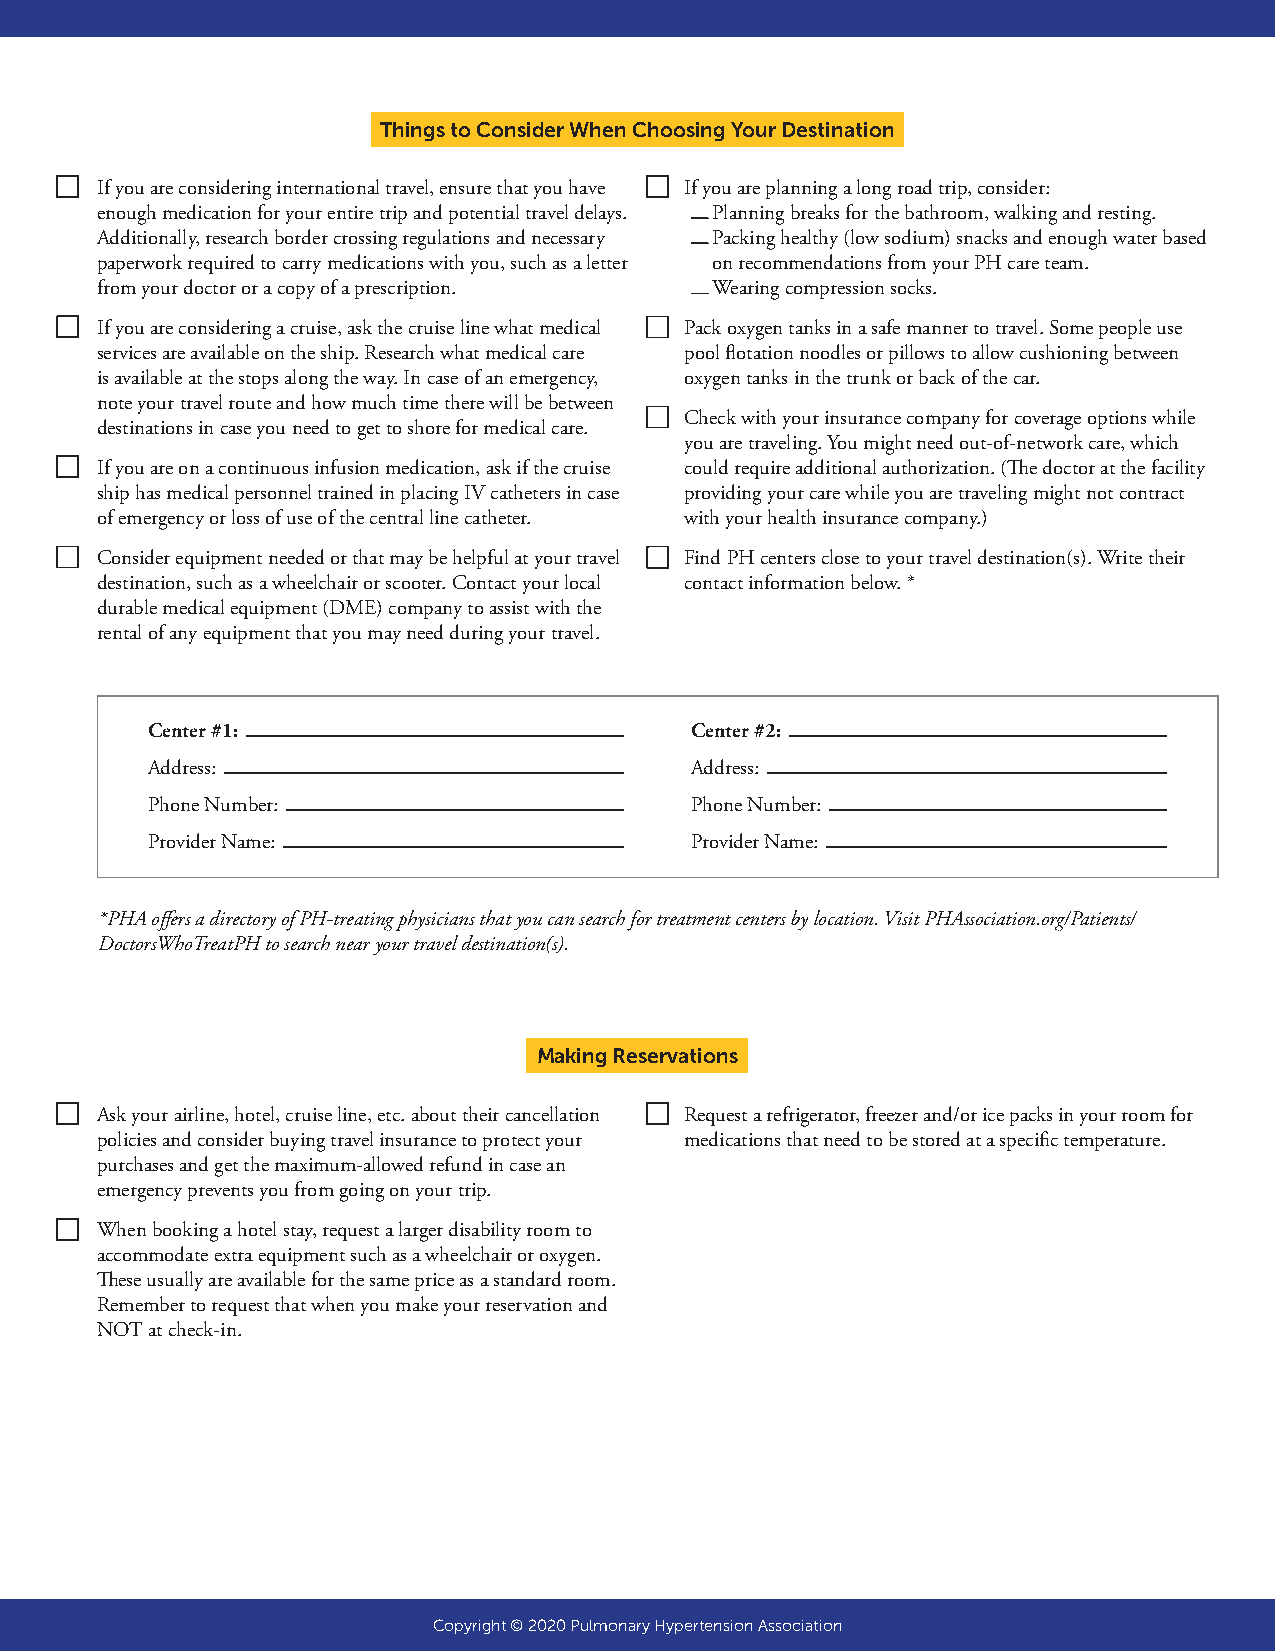
Things to Consider When Choosing Your Destination
 If you are considering international travel, ensure that you have If you are planning a long road trip, consider:
 enough medication for your entire trip and potential travel delays. Planning breaks for the bathroom, walking and resting.
 Additionally, research border crossing regulations and necessary Packing healthy (low sodium) snacks and enough water based
 paperwork required to carry medications with you, such as a letter on recommendations from your PH care team.
 from your doctor or a copy of a prescription. Wearing compression socks.
 If you are considering a cruise, ask the cruise line what medical Pack oxygen tanks in a safe manner to travel. Some people use
 services are available on the ship. Research what medical care pool flotation noodles or pillows to allow cushioning between
 is available at the stops along the way. In case of an emergency, oxygen tanks in the trunk or back of the car.
 note your travel route and how much time there will be between
 Check with your insurance company for coverage options while
 destinations in case you need to get to shore for medical care.
 you are traveling. You might need out-of-network care, which
 If you are on a continuous infusion medication, ask if the cruise could require additional authorization. (The doctor at the facility
 ship has medical personnel trained in placing IV catheters in case providing your care while you are traveling might not contract
 of emergency or loss of use of the central line catheter. with your health insurance company.)
 Consider equipment needed or that may be helpful at your travel Find PH centers close to your travel destination(s). Write their
 destination, such as a wheelchair or scooter. Contact your local contact information below. *
 durable medical equipment (DME) company to assist with the
 rental of any equipment that you may need during your travel.
 Center #1:                          Center #2:
 Address:                            Address:
 Phone Number:                       Phone Number:
 Provider Name:                      Provider Name:
 *PHA offers a directory of PH-treating physicians that you can search for treatment centers by location. Visit PHAssociation.org/Patients/
 DoctorsWhoTreatPH to search near your travel destination(s).
 Making Reservations
 Ask your airline, hotel, cruise line, etc. about their cancellation Request a refrigerator, freezer and/or ice packs in your room for
 policies and consider buying travel insurance to protect your medications that need to be stored at a specific temperature.
 purchases and get the maximum-allowed refund in case an
 emergency prevents you from going on your trip.
 When booking a hotel stay, request a larger disability room to
 accommodate extra equipment such as a wheelchair or oxygen.
 These usually are available for the same price as a standard room.
 Remember to request that when you make your reservation and
 NOT at check-in.
 Copyright © 2020 Pulmonary Hypertension Association